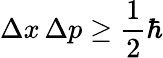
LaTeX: \Delta x\, \Delta p\geq{\frac{1}{2}}\hbar